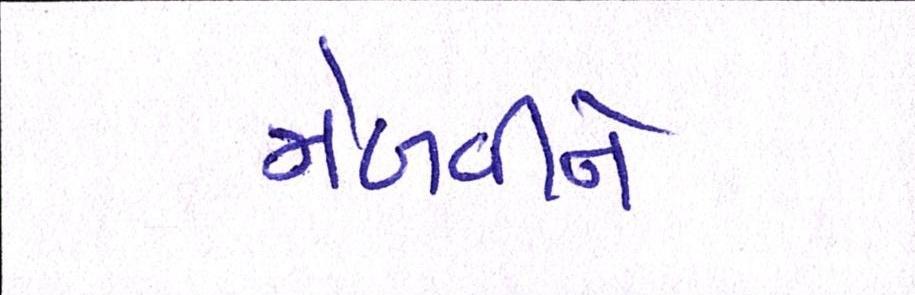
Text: મેળવીને